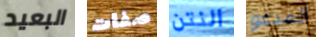
البعيد صفات النتن المدعو